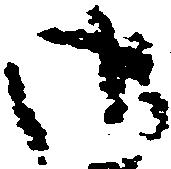
御